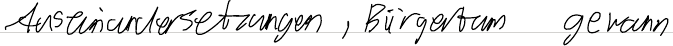
Auseinandersetzungen, Bürgertum gewann